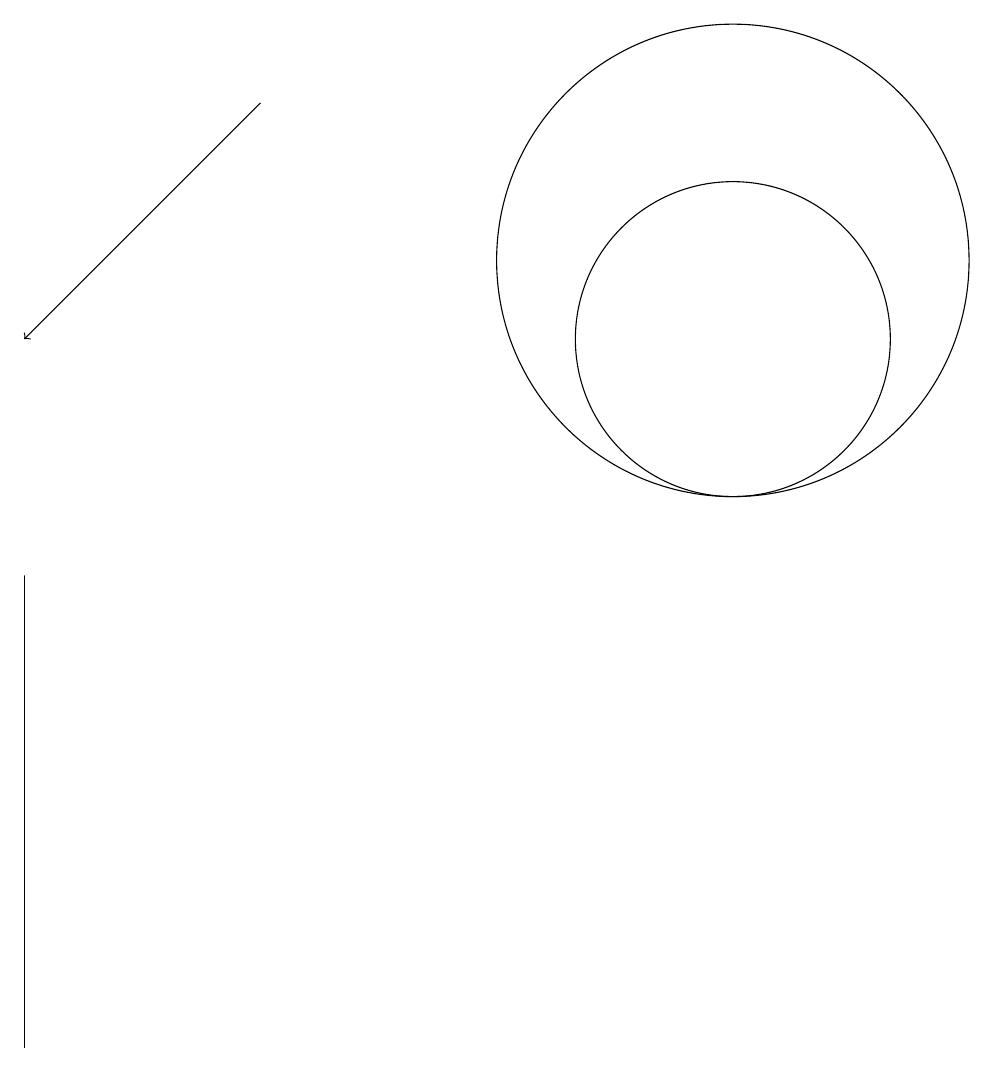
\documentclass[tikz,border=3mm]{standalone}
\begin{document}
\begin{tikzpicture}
\draw (3,1) -- (3,7) -- (3,4) -- cycle;
\draw (12,10) circle (2);
\draw (12,11) circle (3);
\draw[->] (6,13) -- (3,10);
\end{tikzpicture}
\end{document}